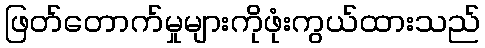
ဖြတ်တောက်မှုများကိုဖုံးကွယ်ထားသည်